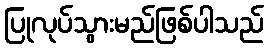
ပြုလုပ်သွားမည်ဖြစ်ပါသည်